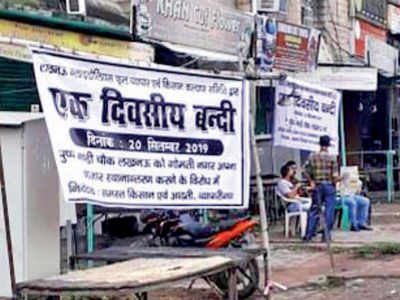
Language: marathi
Transcription: दिवसीय बन्दी